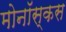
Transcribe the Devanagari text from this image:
मोनॉस्कस